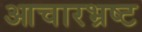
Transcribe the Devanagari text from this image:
आचारभ्रष्ट